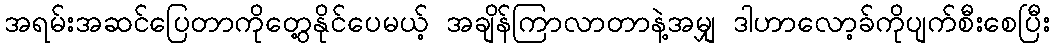
အရမ်းအဆင်ပြေတာကိုတွေ့နိုင်ပေမယ့် အချိန်ကြာလာတာနဲ့အမျှ ဒါဟာလော့ခ်ကိုပျက်စီးစေပြီး